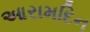
આરામદિન